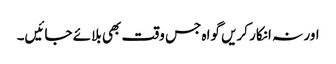
اور نہ انکار کریں گواہ جس وقت بھی بلائے جائیں۔